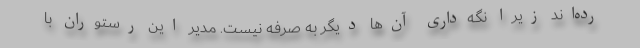
رده‌اند زیرا نگه‌داری آن‌ها دیگر به صرفه نیست. مدیر این رستوران با